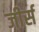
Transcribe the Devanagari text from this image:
जीर्स